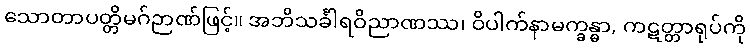
သောတာပတ္တိမဂ်ဉာဏ်ဖြင့်။ အဘိသင်္ခါရဝိညာဏဿ၊ ဝိပါက်နာမက္ခန္ဓာ, ကဋတ္တာရုပ်ကို